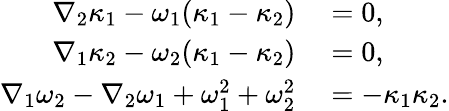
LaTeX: \begin{array}{rl}{\nabla_{2}\kappa_{1}-\omega_{1}(\kappa_{1}-\kappa_{2})}&{{}=0,}\\ {\nabla_{1}\kappa_{2}-\omega_{2}(\kappa_{1}-\kappa_{2})}&{{}=0,}\\ {\nabla_{1}\omega_{2}-\nabla_{2}\omega_{1}+\omega_{1}^{2}+\omega_{2}^{2}}&{{}=-\kappa_{1}\kappa_{2}.}\end{array}